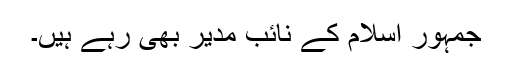
جمہور اسلام کے نائب مدیر بھی رہے ہیں۔